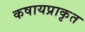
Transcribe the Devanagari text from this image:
कषायप्राकृत